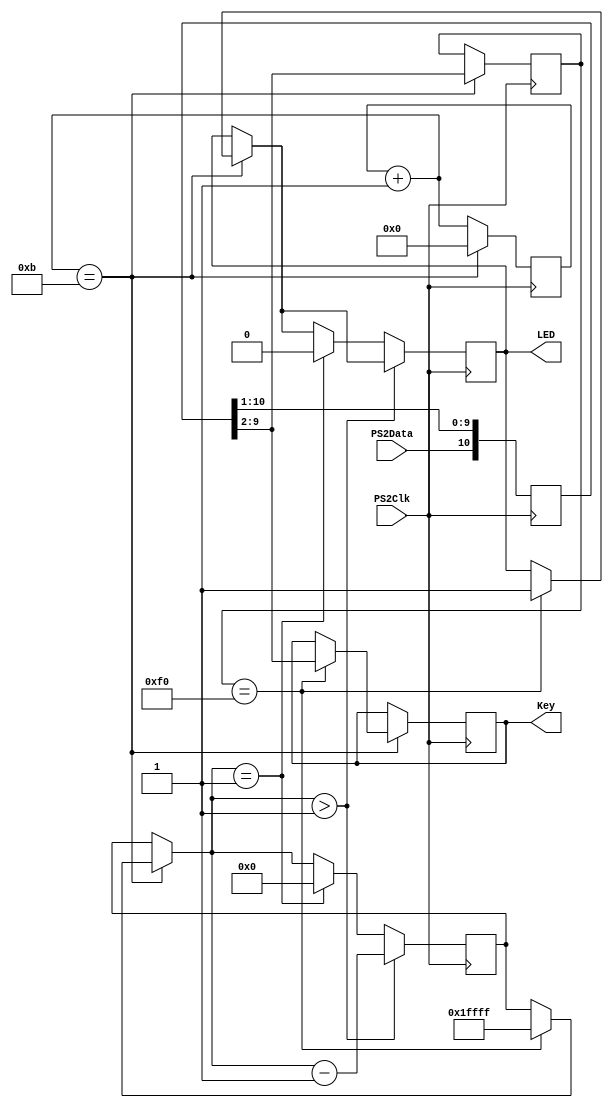
module Keyboard(PS2Clk, PS2Data, Key, LED);
input PS2Clk, PS2Data;
output LED;
output[7:0] Key;
reg LED;
reg[18:0] cnt;
reg[7:0] NxtKey;
reg[3:0] bits;
reg[10:0] ShiftReg;
reg[7:0] PrevKey;

initial begin
    bits <= 0;
    cnt <= 0;
    LED <= 0;
    NxtKey <= 0;
    ShiftReg <= 0;
end

assign Key = NxtKey;

always@(negedge PS2Clk) begin
    bits = bits + 1;
    ShiftReg = {PS2Data, ShiftReg[10:1]};
    if(bits == 11) begin
        if(PrevKey == 8'hF0) begin
            NxtKey = ShiftReg[8:1];
            LED = 1;
            cnt = 18'b011111111111111111;
        end
        else begin end
        PrevKey = ShiftReg[8:1];
        bits = 0;
    end
    else begin end
    
    if(cnt > 1) begin
        cnt = cnt - 1;
    end
    else if(cnt == 1) begin
        LED = 0;
        cnt = 0;
    end
    else begin end
end

endmodule